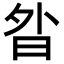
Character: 𭨚